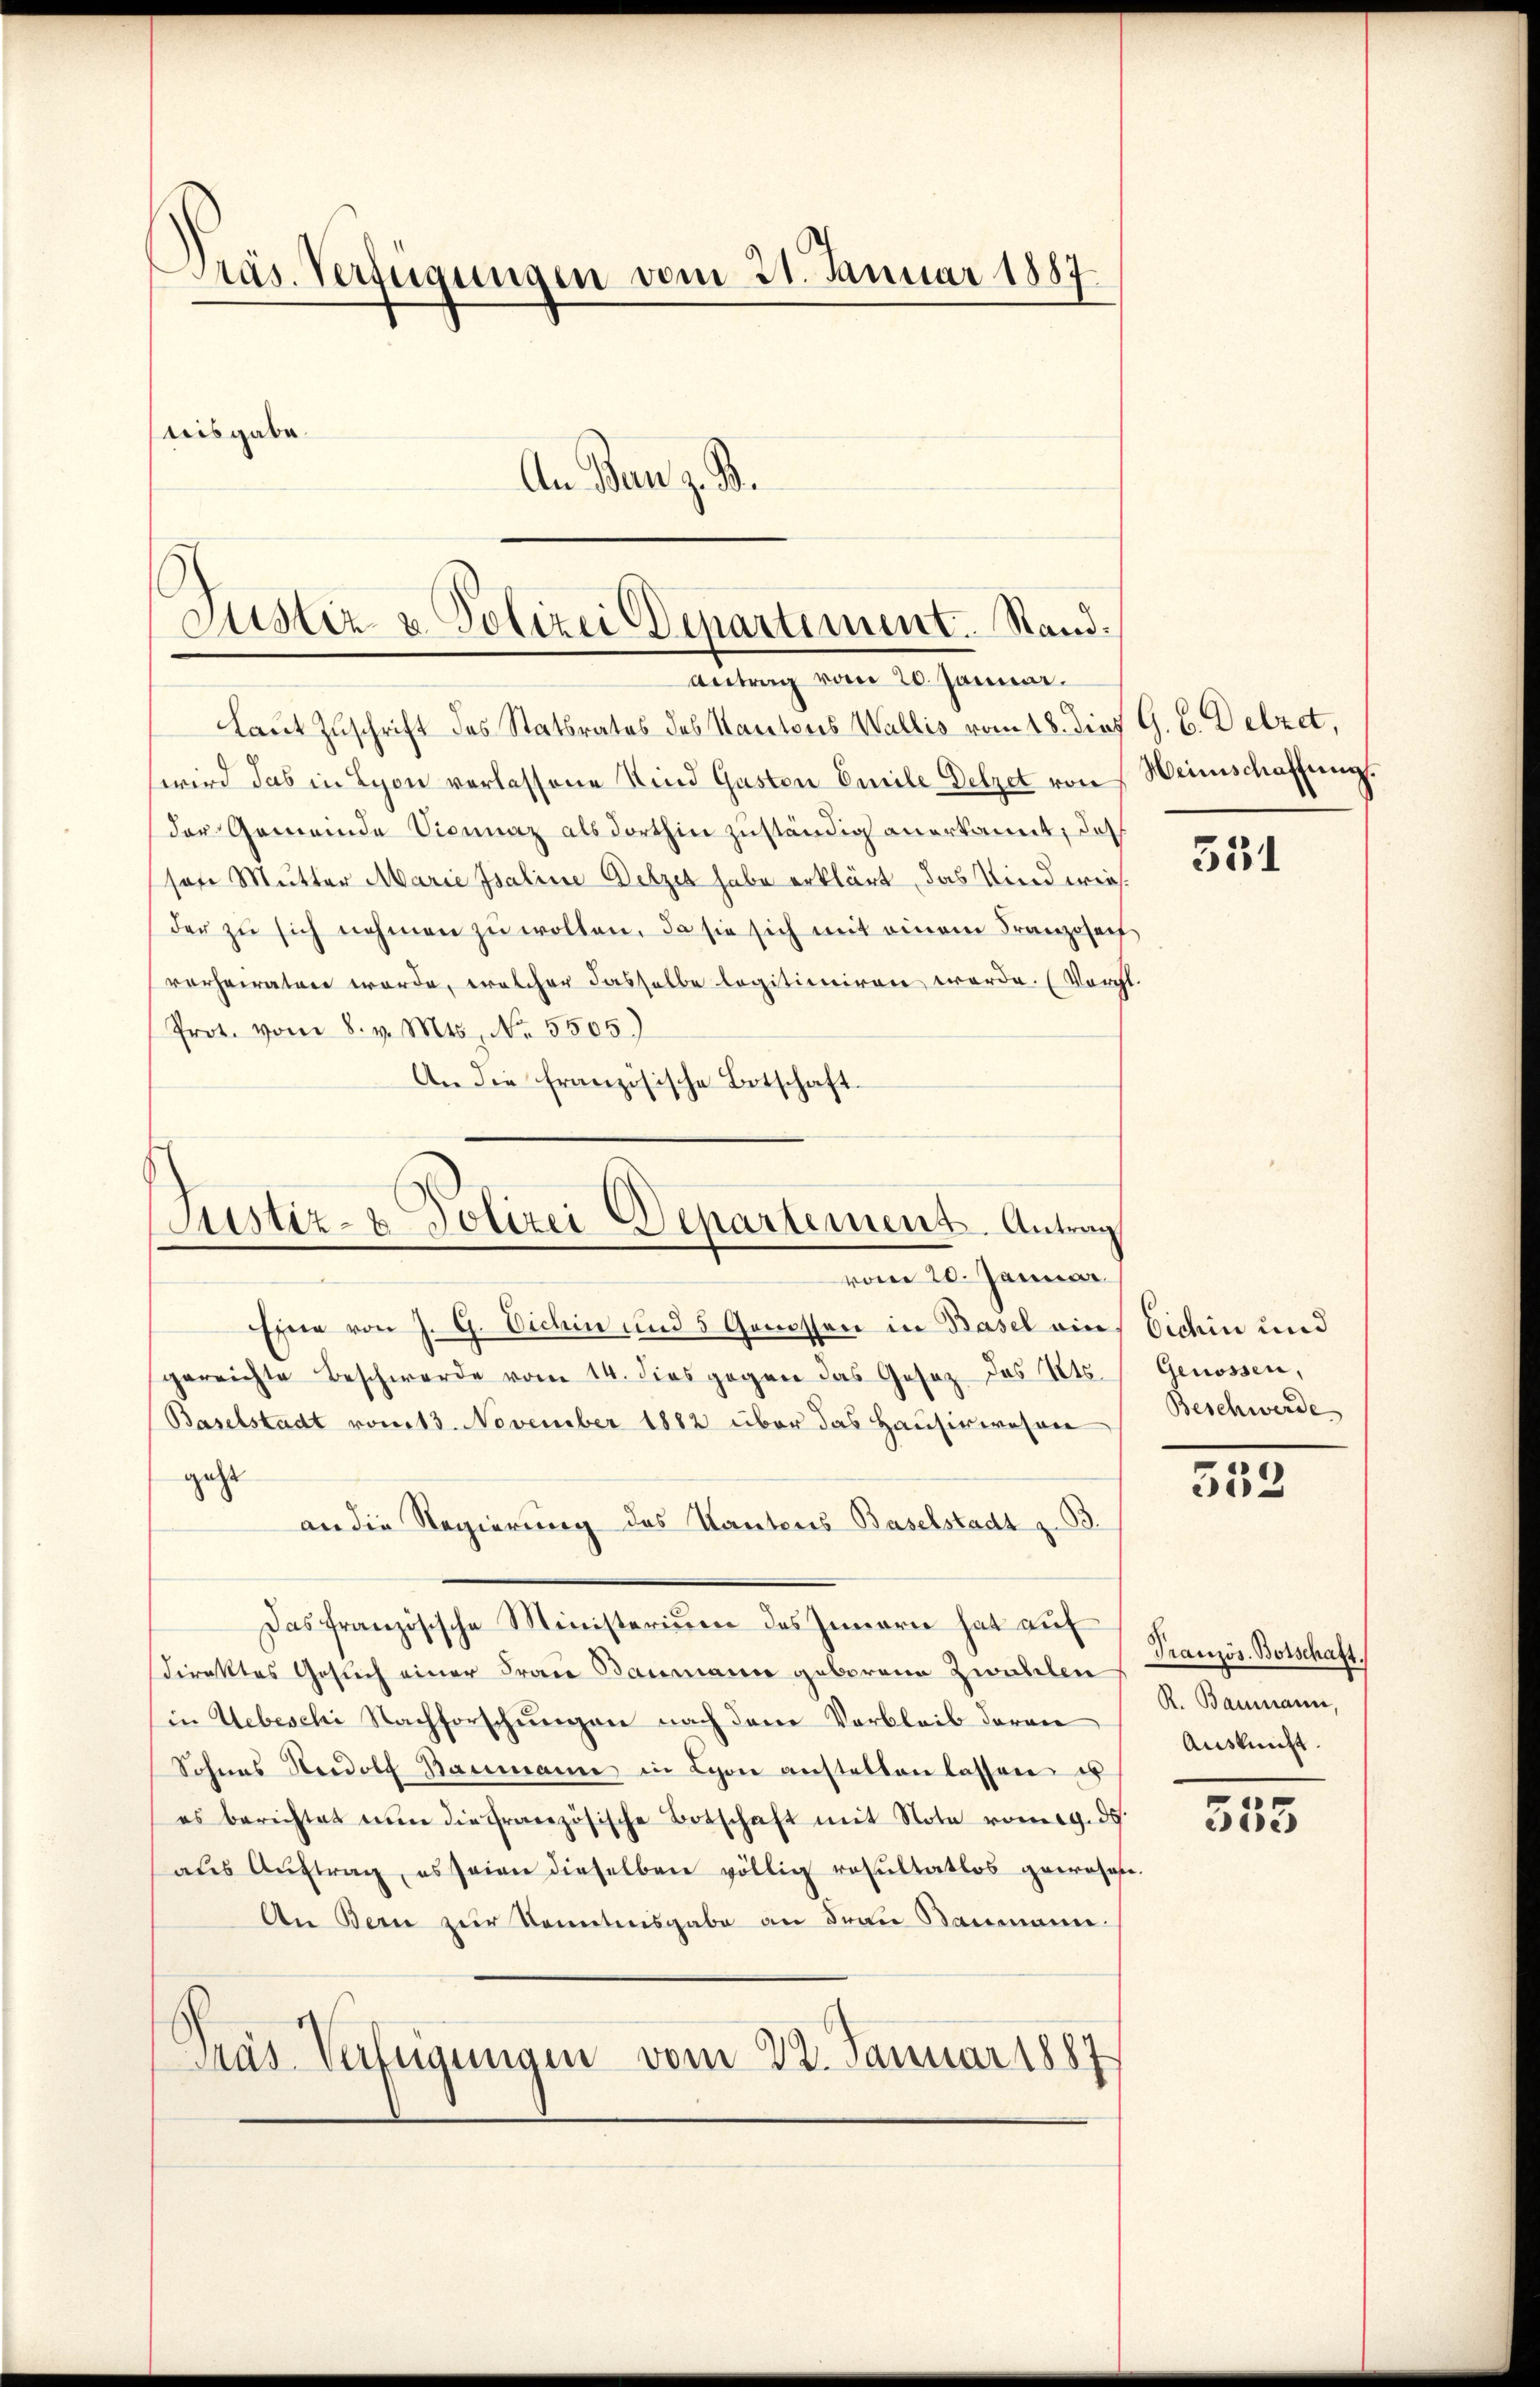
Pras Verfügungen vom 21. Januar 1887.
teisgabe.
An Ban z. B.

Justiz- u. Polizei Departement. Stand.
Antrag vom 20. Januar.

Justiz- & Polizei Departement. Antrag
vom 20. Januar

laut Zuschrift des Statsrates des Kantons Wallis vom 18. dies G. B. Detzet,
wird das in Lyon verlassene Kind Gasten Emile Delget von Weinschaffung.
der Gemeinde Vicinaz als dorthin zuständig anerkannt, daß
son Mutter Marie Isaline Wetzet habe erklärt, das Kind wiesder zŭ sich nehmen zŭ wollen. Ja sie sich mit einem Franzosech
verheiraten werde, welcher dasselbe legitioniren werde. (Vort.
Prot. vom 8. v. Mts. No. 5505)
An die französische Botschaft.

Eine von J. G. Eichin und 5 Genossen in Basel ains Eichin und
gereichte Beschwerde vom 14. dies gegen das Gesez des Kts.
Baselstadt vom 13. November 1882 über das Hausirwesen
geht
an die Regierung des Kantons Baselstadt z.
Das französische Ministerium des Innern hat aŭf
Direktes Gesuch einer Frau Baumann geborene Zwahlen
in Uebeschi Nachforschungen nach dem Verbleib daran
Sohnes Nordolf Baumann in Lyon anstellen lassen u
es berichtet nun die Französische Botschaft mit Note romag. 35
aŭs Aŭftrag, es seien dieselben völlig resultatlos gewohnte.
An Bern zur Sonntensgabe an Frau Baumann
Pras Verfügungen vom 22. Januar 1887

531

Genossen,
Beschwerde

552

Französ. Botschaft.
R. Baumann,
Auskunft

555